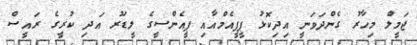
ޖަމީލް މިހާރު ގެންދަވަނީ އިދިކޮޅު ޕީޕީއެމްއާއި ޕީއެންސީގެ ލީޑަރު އަދި ކުރީގެ ރައީސް